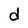
Character: d